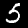
Label: 5